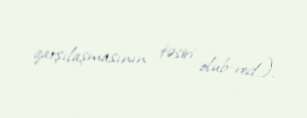
qarşılaşmasının təsiri olub-red.).